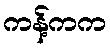
ကန့်ကက